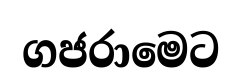
ගජරාමෙට